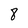
Character: 8